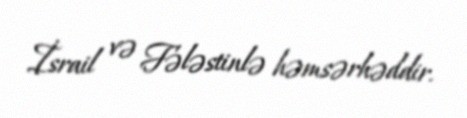
İsrail və Fələstinlə həmsərhəddir.